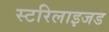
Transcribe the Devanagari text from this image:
स्टरिलाइजड